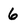
Character: 6